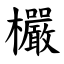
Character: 欕